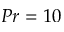
P r = 1 0